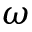
\omega